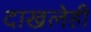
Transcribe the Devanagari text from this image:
दाखलेही